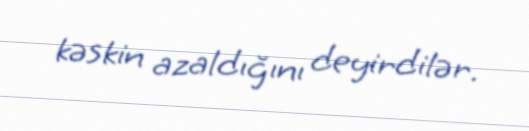
kəskin azaldığını deyirdilər.